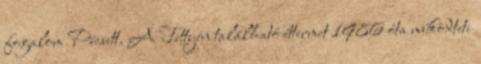
fogalom Pécsett. A Tettyén található éttermet 1986 óta mûködteti